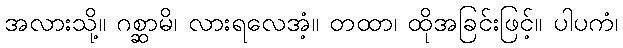
အလားသို့။ ဂစ္ဆာမိ၊ လားရလေအံ့။ တထာ၊ ထိုအခြင်းဖြင့်။ ပါပကံ၊